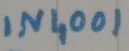
Text: IN4001